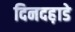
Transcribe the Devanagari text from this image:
दिनदह़ाडे